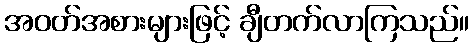
အဝတ်အစားများဖြင့် ချီတက်လာကြသည်။